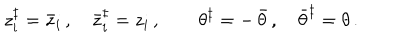
z _ { i } ^ { \ddagger } = \bar { z } _ { i } \, , \quad \bar { z } _ { i } ^ { \ddagger } = z _ { i } \, , \quad \quad \theta ^ { \ddagger } = - \, \bar { \theta } \, , \quad \bar { \theta } ^ { \ddagger } = \theta \, .